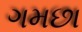
ગમછા